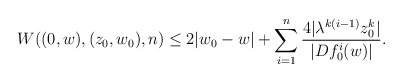
\begin{align*}W((0,w),(z_0,w_0),n)\leq 2|w_0-w|+\sum_{i=1}^{n}\frac{4|\lambda^{k(i-1)}z_0^k|}{|Df_0^i(w)|}.\end{align*}